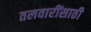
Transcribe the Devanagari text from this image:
तलवारींसाठी